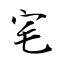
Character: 宒